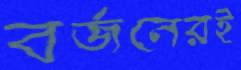
বর্জনেরই